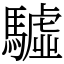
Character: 驉